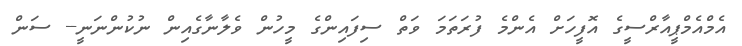
އެމްއެމްޕީއާރްސީގެ އޮފީހަށް އެންމެ ފުރަތަމަ ވަތް ސިފައިންގެ މީހުން ވެލާނާގެއިން ނުކުންނަނީ-- ސަން